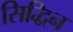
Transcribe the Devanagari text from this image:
सिद्धिन